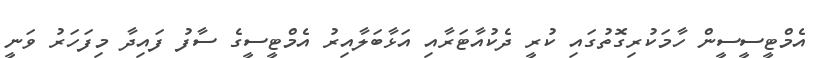
އެމްޓީސީސީން ހާމަކުރިގޮތުގައި ކުރީ ދެކުއާޓަރާއި އަޅާބަލާއިރު އެމްޓީސީގެ ސާފު ފައިދާ މިފަހަރު ވަނީ